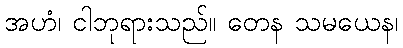
အဟံ၊ ငါဘုရားသည်။ တေန သမယေန၊